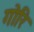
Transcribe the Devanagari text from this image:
गोरि